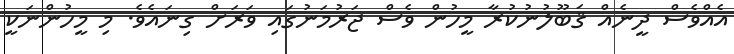
އެއްވެސް ދީނެއް ޤަބޫލުނުކުރާ މީހުން ވެސް ޖަރުމަނުގައި ވަރަށް ގިނައެވެ. މި މީހުންނަކީ